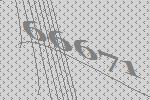
66671